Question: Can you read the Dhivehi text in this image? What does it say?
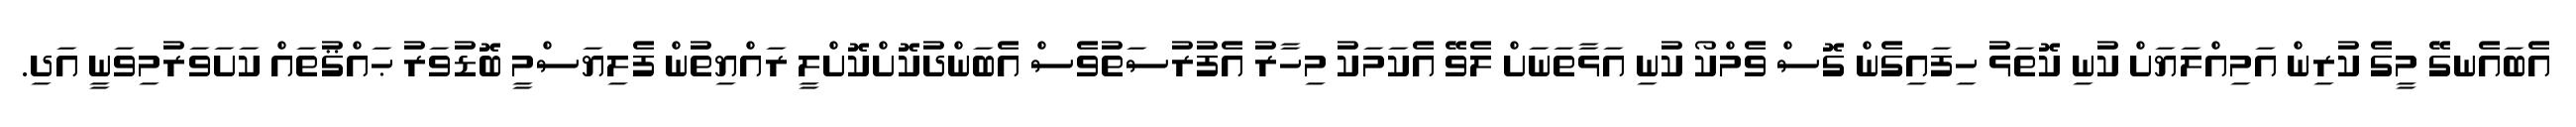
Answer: އެބައެނގޭ މީގެ ކުރިން އަމިއްލަޔަށް ކުނި ކޮތަޅު ހިފައިގެން ގޮސް ވެމްކޯ ކުނި އަޅާތަނަށް ލެވޭ އެކަމަކު މިހާރު އެފުރުސަތުވެސް އެބަންދުކޮށްކޮށްލީ ރައްޔިތުން ފެލިޔަސްމީ ބޮޑުވަރު ޙައްޤުތައް ކަށަވަރުމިވަނީ އަދި.